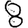
Digit: 8